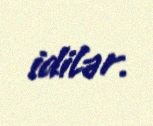
idilər.